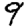
Digit: 9